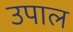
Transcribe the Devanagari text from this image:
उपाल